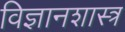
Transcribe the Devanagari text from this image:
विज्ञानशास्त्र